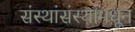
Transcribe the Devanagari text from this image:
संस्थांसंस्थांमधून